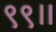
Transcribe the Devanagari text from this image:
९९।।